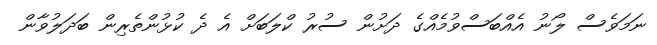
ނަމަވެސް ލޯނު އެއްބަސްވުމެއްގެ ދަށުން ސުރު ކްލަބަށް އެ ދެ ކުޅުންތެރިން ބަދަލުވާން